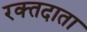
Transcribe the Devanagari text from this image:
रक्‍तदाता